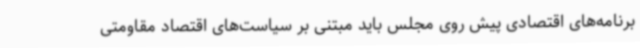
برنامه‌های اقتصادی پیش روی مجلس باید مبتنی بر سیاست‌های اقتصاد مقاومتی